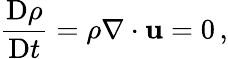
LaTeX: \frac{\mathrm{D}\rho}{\mathrm{D}t}=\rho\nabla\cdot\mathbf{u}=0\, ,